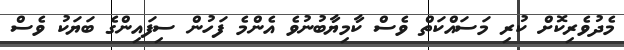
މެދުވެރިކޮށް ކުރި މަސައްކަތް ވެސް ކާމިޔާބުނުވެ އެންމެ ފަހުން ސިފައިންގެ ބަޔަކު ވެސް